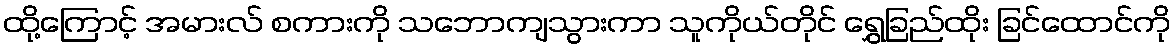
ထို့ကြောင့် အမားလ် စကားကို သဘောကျသွားကာ သူကိုယ်တိုင် ရွှေခြည်ထိုး ခြင်ထောင်ကို